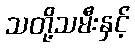
သတို့သမီးနှင့်